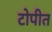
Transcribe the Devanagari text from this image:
टोपीत